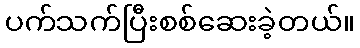
ပက်သက်ပြီးစစ်ဆေးခဲ့တယ်။